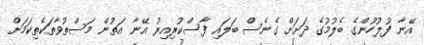
އޭނާ ފުލުހުންގެ ބެލުމުގެ ދަށަށް ގެނެސް ބަލައި ފާސްކުރިއިރު އޭނާ އަތުން މަސްތުވާތަކެތިކަމަށް